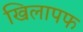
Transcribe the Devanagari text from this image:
खिलापफ